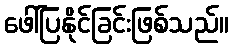
ဖေါ်ပြနိုင်ခြင်းဖြစ်သည်။